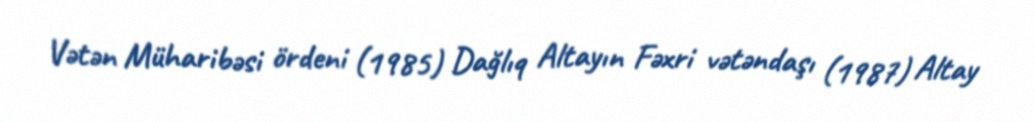
Vətən Müharibəsi ördeni (1985) Dağlıq Altayın Fəxri vətəndaşı (1987) Altay